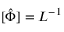
[ \hat { \Phi } ] = L ^ { - 1 }